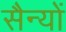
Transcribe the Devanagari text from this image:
सैन्यों